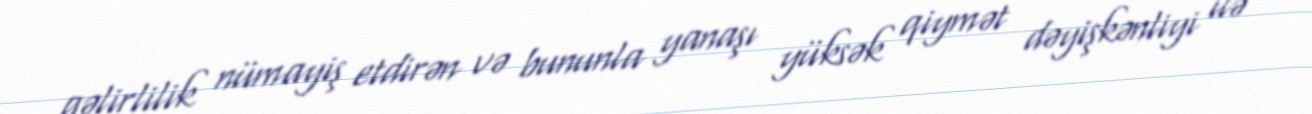
gəlirlilik nümayiş etdirən və bununla yanaşı yüksək qiymət dəyişkənliyi ilə